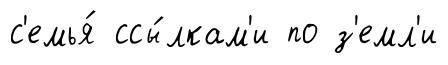
с'емья́ ссы́лкам'и по з'емл'и